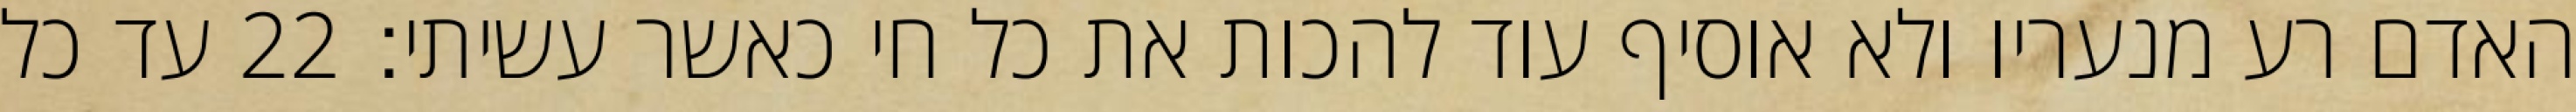
האדם רע מנעריו ולא אוסיף עוד להכות את כל חי כאשר עשיתי׃ ‎22‏ עד כל